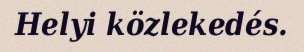
Helyi közlekedés.